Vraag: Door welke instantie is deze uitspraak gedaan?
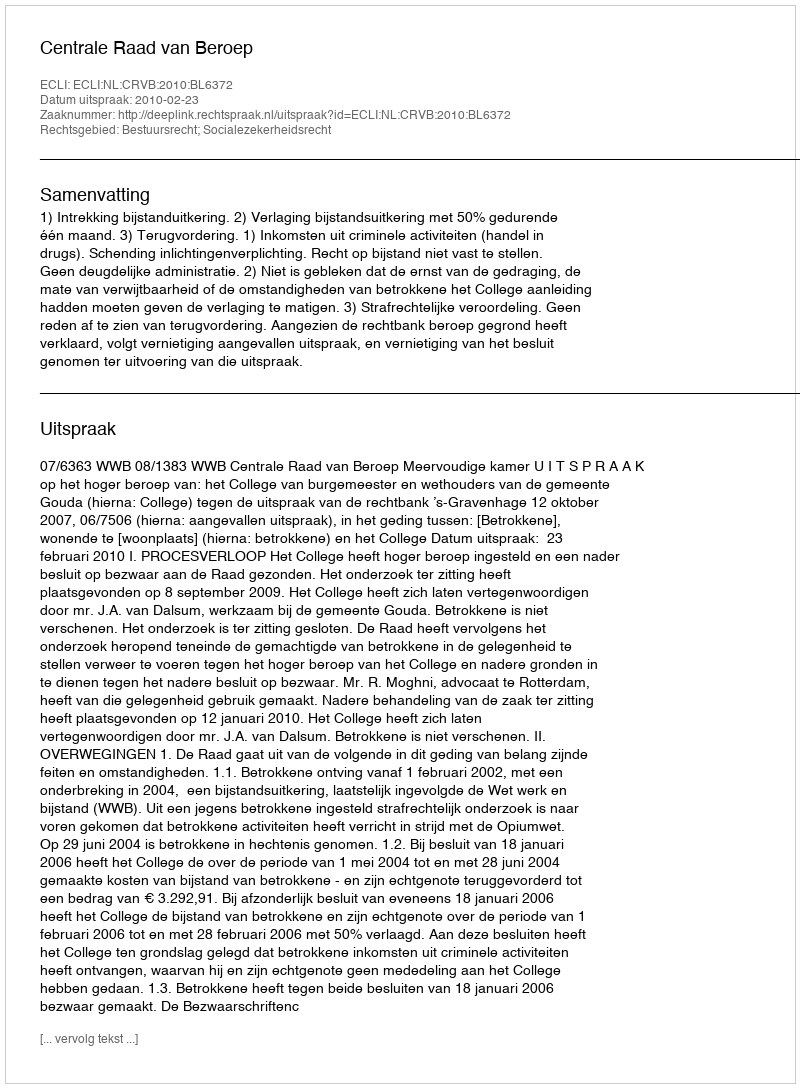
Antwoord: Centrale Raad van Beroep